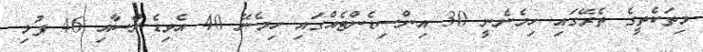
މިތަކެތީގެ ތެރޭގައި ހިމެނެނީ 30 އިންސިޑެންޓެއްގައި ހިމެނޭ 40 އެވިޑެންސާއި 46 ފުޅި